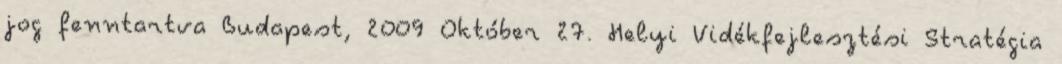
jog fenntartva Budapest, 2009 Október 27. Helyi Vidékfejlesztési Stratégia